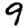
Digit: 9